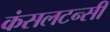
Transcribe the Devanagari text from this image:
कंसलटन्सी